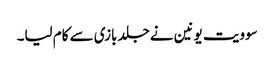
سوویت یونین نے جلد بازی سے کام لیا۔